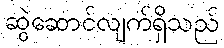
ဆွဲဆောင်လျက်ရှိသည်